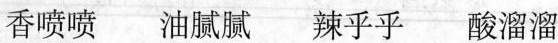
香喷喷 油腻腻 辣乎乎 酸溜溜